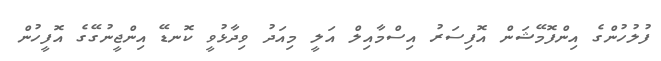
ފުލުހުންގެ އިންފޮމޭޝަން އޮފިސަރު އިސްމާއިލް އަލީ މިއަދު ވިދާޅުވީ ކޮނޑޭ އިންޖީނުގޭގެ އޮފީހުން